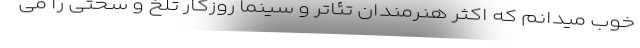
خوب میدانم که اکثر هنرمندان تئاتر و سینما روزگار تلخ و سختی را می